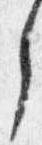
了